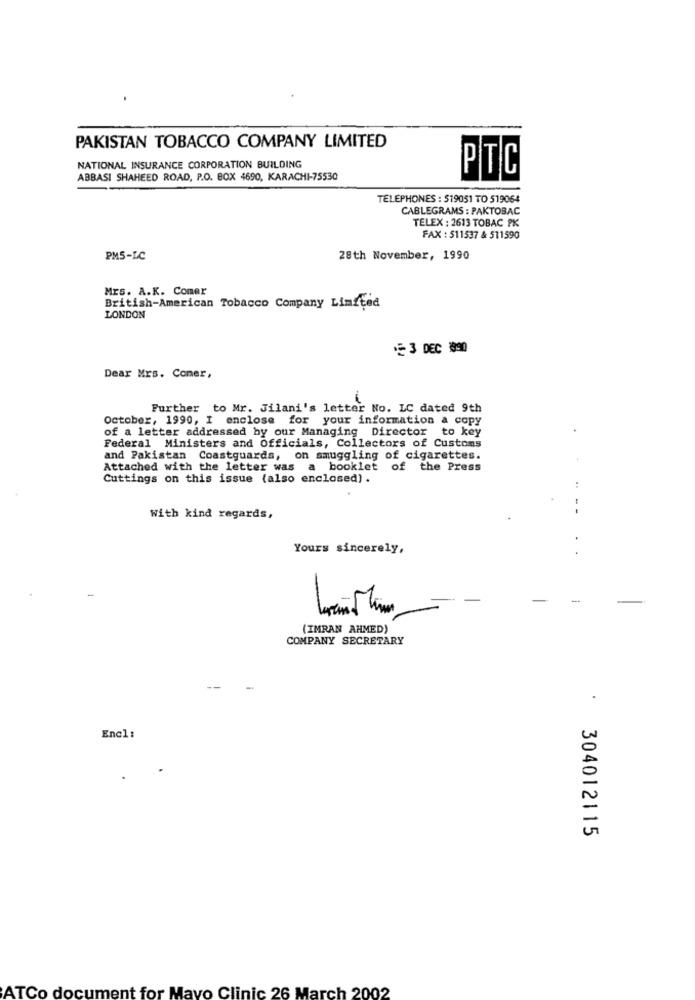
PAKISTAN TOBACCO COMPANY LIMITED
NATIONAL INSURANCE CORPORATION BUILDING
PTC
ABBASI SHAHEED ROAD, P.O. BOX 4690, KARACHI-75530
TELEPHONES : 519051 TO 519064
CABLEGRAMS : PAKTOBAC
TELEX : 2613 TOBAC PK
FAX : 511537 & 511590
PM5-LC
28th November, 1990
Mrs. A.K. Comer
British-American Tobacco Company Limited
LONDON
3 DEC 1990
Dear Mrs. Coner,
Further to Mr. Jilani's letter No. LC dated 9th
October, 1990, I enclose for your information a copy
of a letter addressed by our Managing Director to key
Federal Ministers and Officials, Collectors of Customs
and Pakistan Coastguards, on smuggling of cigarettes.
Attached with the letter was a booklet of the Press
Cuttings on this issue (also enclosed) .
With kind regards,
Yours sincerely,
-
(IMRAN AHMED)
COMPANY SECRETARY
Encl:
304012115
ATCo document for Mayo Clinic 26 March 2002